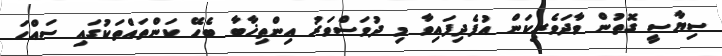
ސިޔާސީ ގޮތުން ވާދަވެރިކަން އުފެދިފައިވާ މި ދުވަސްވަރު އިންތިޚާބާ ބެހޭ ކަންތައްތަކުގައި ސައްހަ